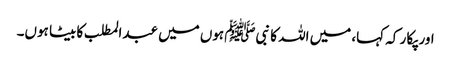
اور پکا ر کہ کہا، میں اللہ کا نبیﷺ ہوں میں عبدالمطلب کا بیٹا ہوں۔